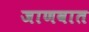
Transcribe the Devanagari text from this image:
जाणवात